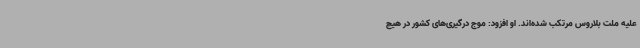
علیه ملت بلاروس مرتکب شده‌اند. او افزود: موج درگیری‌های کشور در هیچ